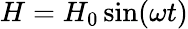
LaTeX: H=H_{0}\sin(\omega t)